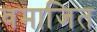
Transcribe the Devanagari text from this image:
वमाजित